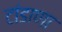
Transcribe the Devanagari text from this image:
टांडाणा